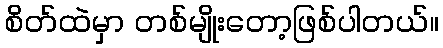
စိတ်ထဲမှာ တစ်မျိုးတော့ဖြစ်ပါတယ်။